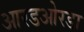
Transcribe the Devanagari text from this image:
आरडओरडा